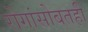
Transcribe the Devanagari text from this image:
रोगांसोबतही